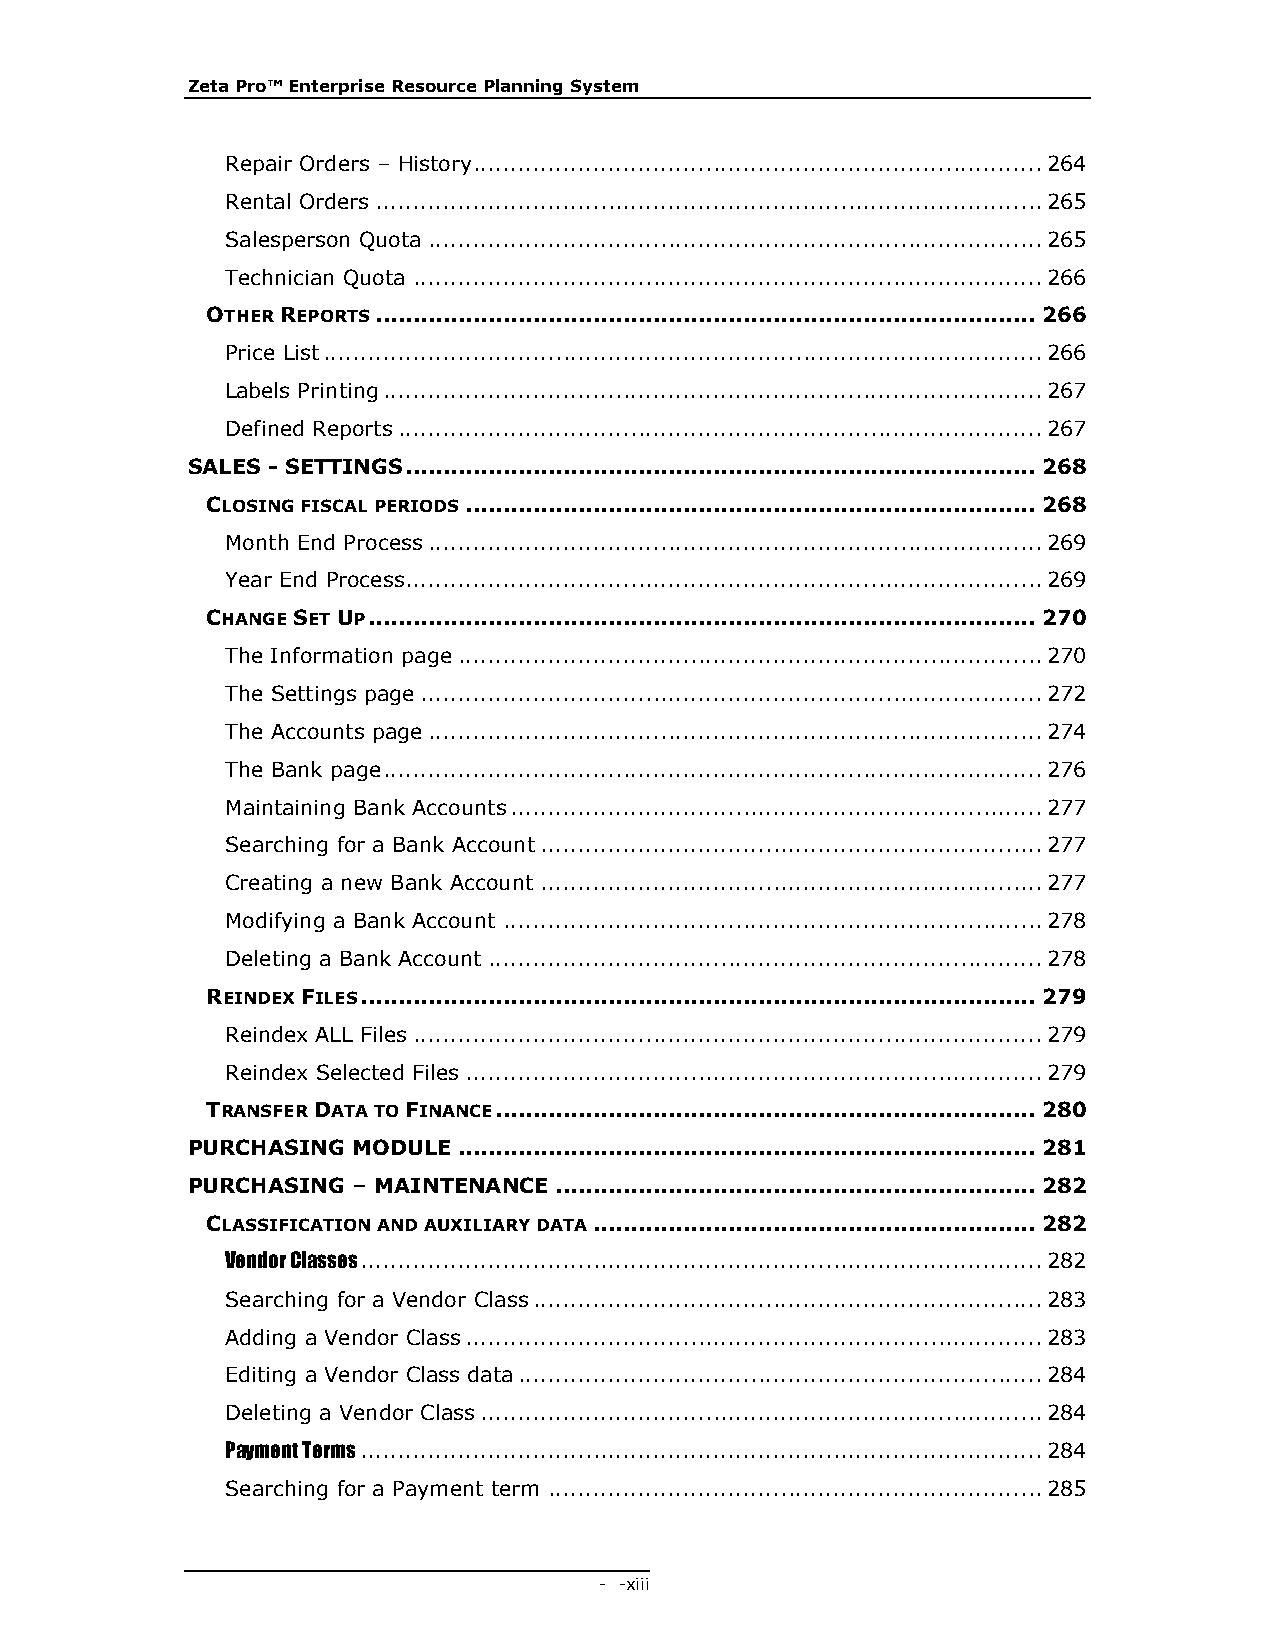
Zeta Pro™ Enterprise Resource Planning System
 Repair Orders – History ............................................................................ 264
 Rental Orders ......................................................................................... 265
 Salesperson Quota .................................................................................. 265
 Technician Quota .................................................................................... 266
 OTHER REPORTS ........................................................................................ 266
 Price List ................................................................................................ 266
 Labels Printing ........................................................................................ 267
 Defined Reports ...................................................................................... 267
 SALES - SETTINGS .................................................................................... 268
 CLOSING FISCAL PERIODS ............................................................................ 268
 Month End Process .................................................................................. 269
 Year End Process ..................................................................................... 269
 CHANGE SET UP ......................................................................................... 270
 The Information page .............................................................................. 270
 The Settings page ................................................................................... 272
 The Accounts page .................................................................................. 274
 The Bank page ........................................................................................ 276
 Maintaining Bank Accounts ....................................................................... 277
 Searching for a Bank Account ................................................................... 277
 Creating a new Bank Account ................................................................... 277
 Modifying a Bank Account ........................................................................ 278
 Deleting a Bank Account .......................................................................... 278
 REINDEX FILES .......................................................................................... 279
 Reindex ALL Files .................................................................................... 279
 Reindex Selected Files ............................................................................. 279
 TRANSFER DATA TO FINANCE ........................................................................ 280
 PURCHASING MODULE ............................................................................. 281
 PURCHASING – MAINTENANCE ................................................................ 282
 CLASSIFICATION AND AUXILIARY DATA ........................................................... 282
 Vendor Classes ........................................................................................... 282
 Searching for a Vendor Class .................................................................... 283
 Adding a Vendor Class ............................................................................. 283
 Editing a Vendor Class data ...................................................................... 284
 Deleting a Vendor Class ........................................................................... 284
 Payment Terms ........................................................................................... 284
 Searching for a Payment term .................................................................. 285
 - - xiii